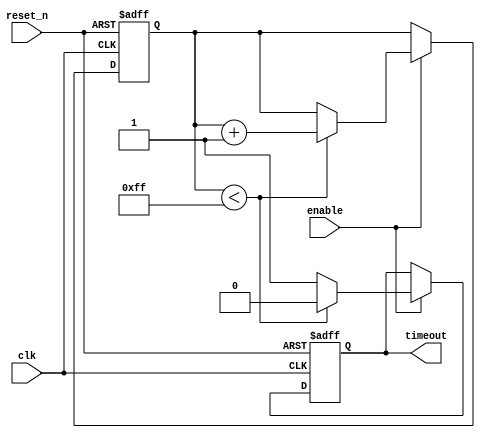
module timeout_counter #(
    parameter TIMEOUT_VALUE = 8'd255  // Define the time-out value (max 255 for an 8-bit counter)
)(
    input wire clk,                     // Clock input
    input wire reset_n,                 // Asynchronous reset (active low)
    input wire enable,                  // Enable input
    output reg timeout                  // Output signal indicating time-out condition
);

    reg [7:0] counter;                  // 8-bit counter

    // Asynchronous reset and counter logic
    always @(posedge clk or negedge reset_n) begin
        if (!reset_n) begin
            counter <= 8'd0;            // Reset counter to zero
            timeout <= 1'b0;            // Clear timeout signal
        end else if (enable) begin
            if (counter < TIMEOUT_VALUE) begin
                counter <= counter + 1; // Increment counter
                timeout <= 1'b0;         // Clear timeout signal while counting
            end else begin
                timeout <= 1'b1;         // Assert timeout signal when limit is reached
            end
        end
    end

endmodule